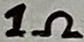
Text: 1Ω